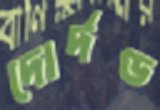
দোর্দণ্ড